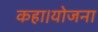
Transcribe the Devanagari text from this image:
कहा।योजना